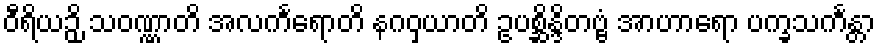
ဝီရိယဉှိ သဝဏ္ဏာတိ အလင်္ကရောတိ နဂဝှယာတိ ဥပစ္ဆိန္ဒိတဗ္ဗံ အာဟာရော ပက္ခသင်္ကန္တာ